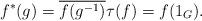
LaTeX: \begin{align*}f^* (g) = \overline{f (g^{-1})} \tau (f) = f( 1_G ) .\end{align*}